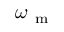
\omega _ { \mathrm { ~ m ~ } }